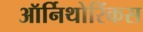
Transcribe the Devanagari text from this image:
ऑर्निथोरिंकस